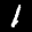
Label: 1